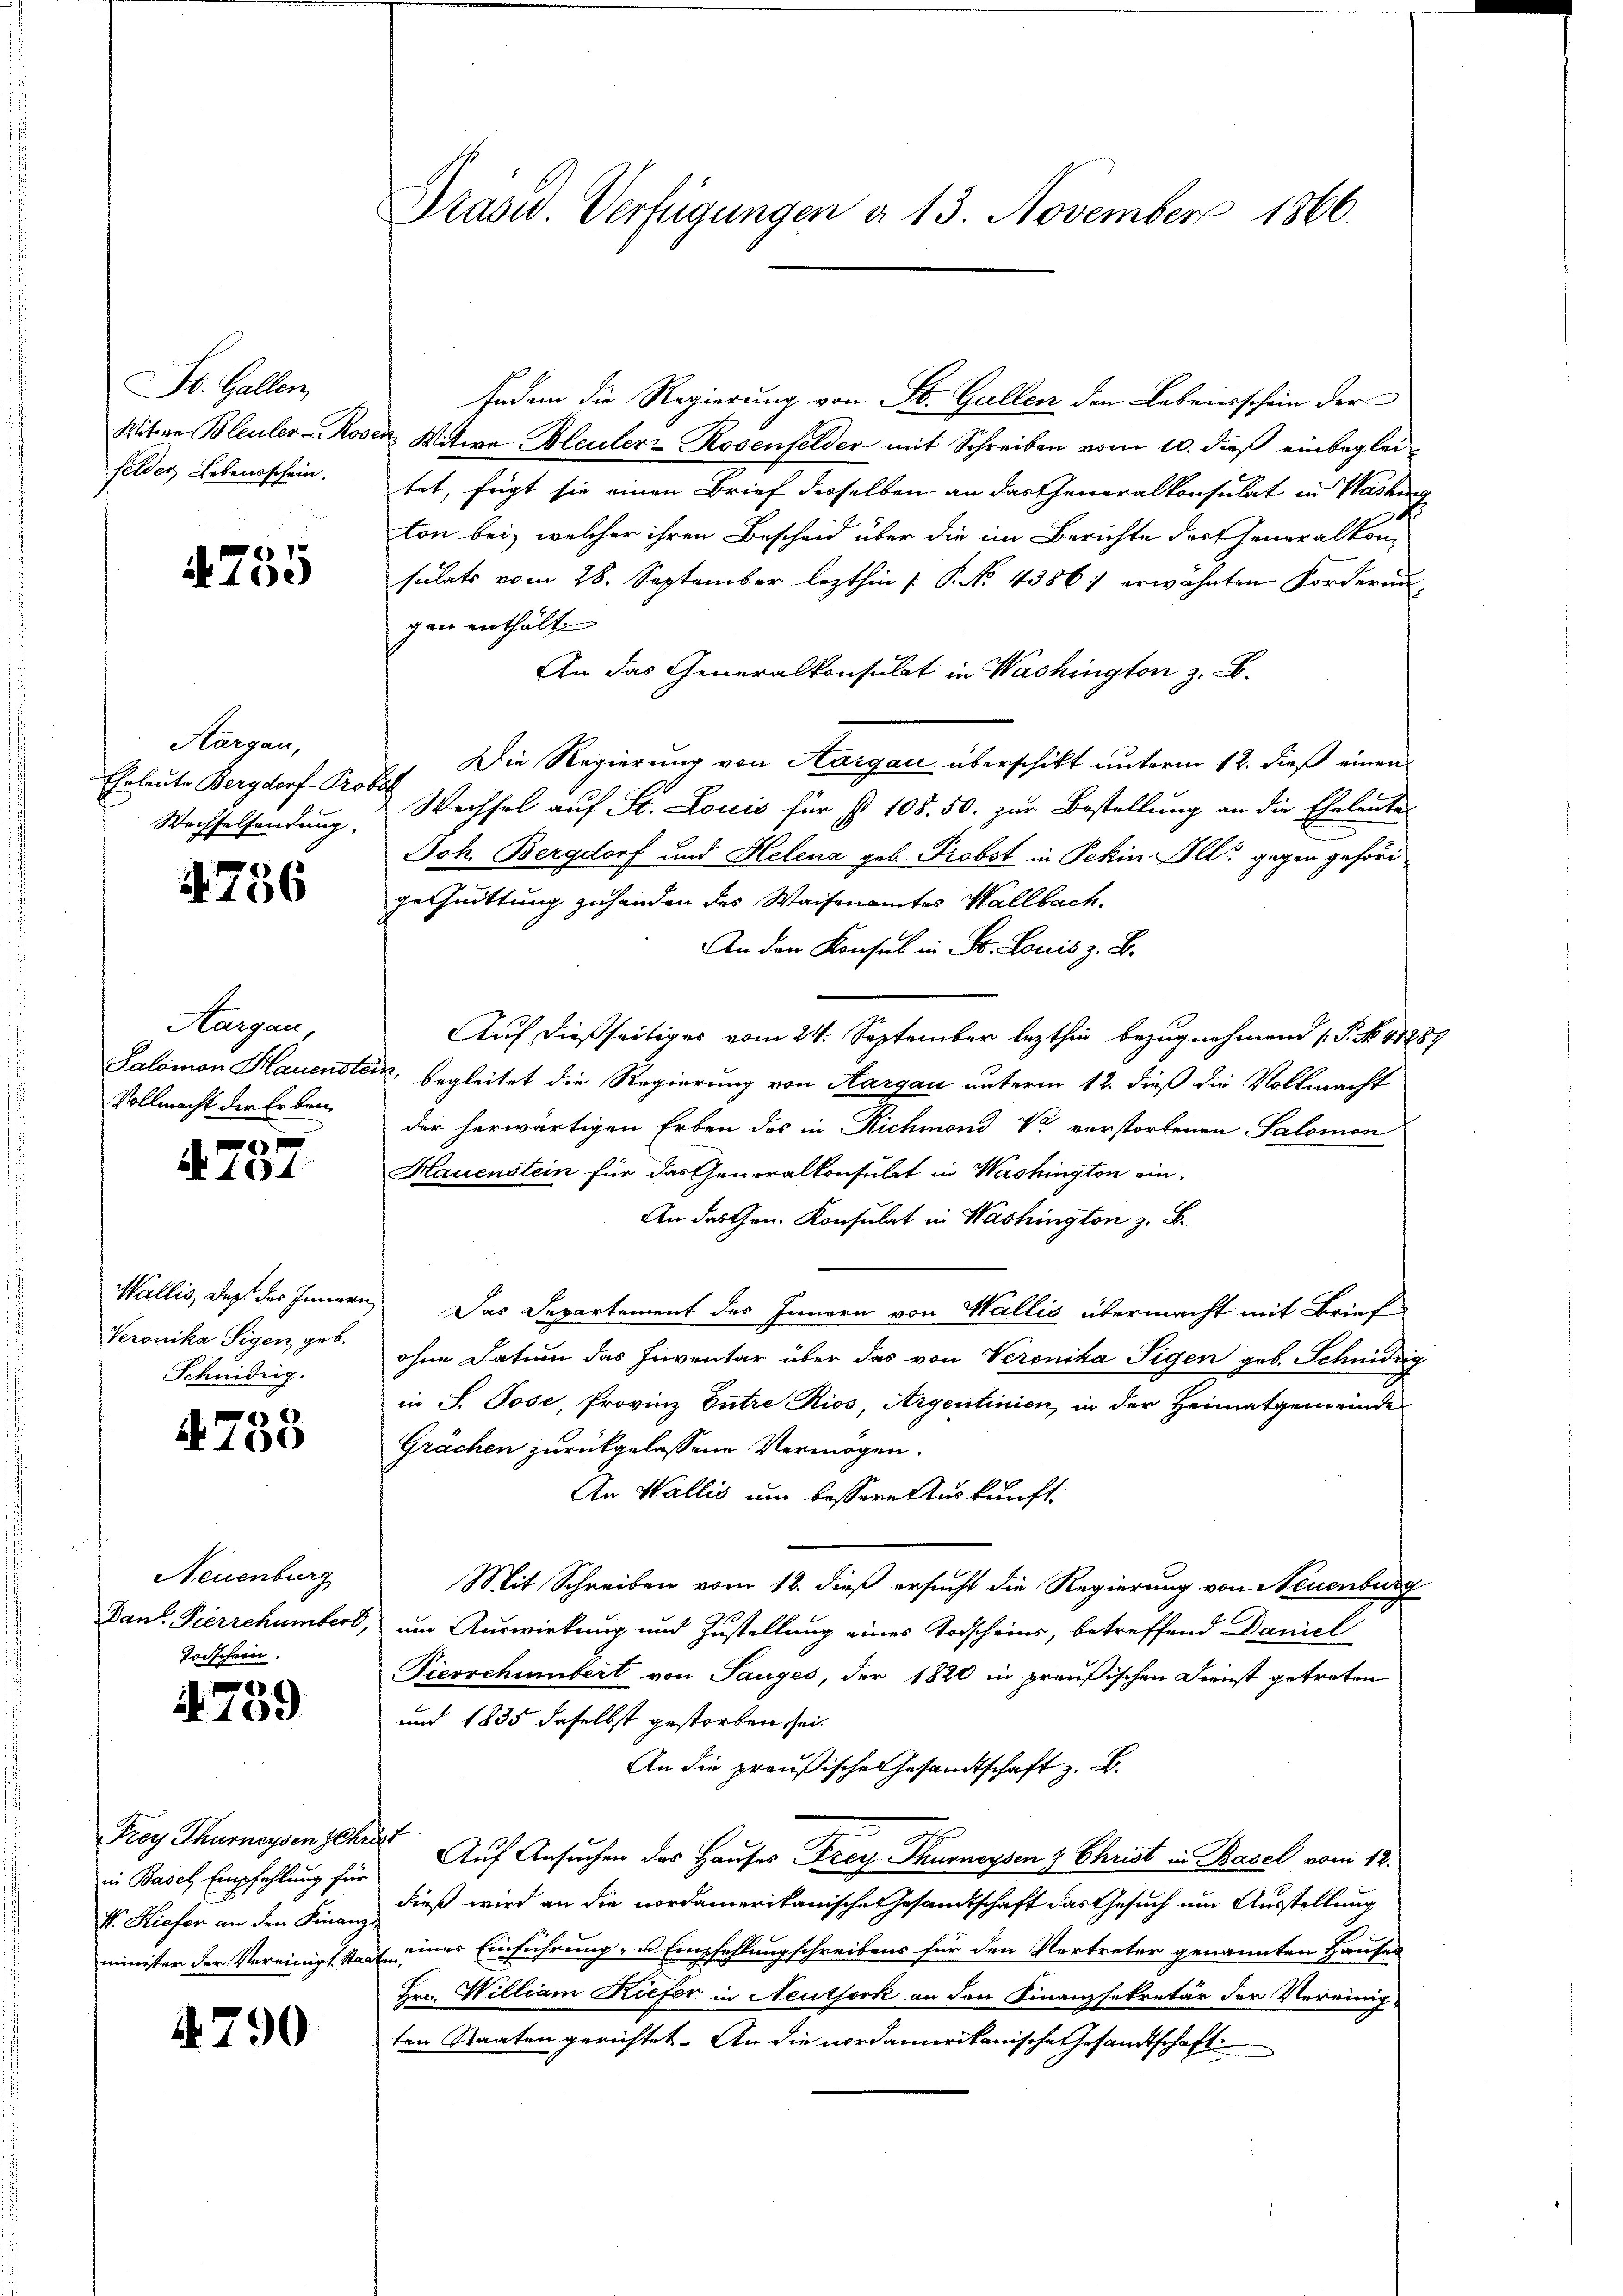
St. Gallen,
Mitere Bleuler-Ro
felder Lebensschein,

4755

Aargau,
Eheleute Bergdorf- Pros
Wechselsendung.

756

Aargau,
Salomon Hauenste
Vollmacht der Erben

a 1004.

Wallis, Dez. des Innern
Veronika Sigen geb.
Schnidrig.

)
N 100

Neuenburg
Dant. Pierrehümbert,
Torschein.

2
A. 169

Frey Thurneysen Chr.
in Basel Empfehlung für
V. Hiefer an den Finanz
minister der Vereinigt Staa

4790

Praser Verfügungen d. 13. November 1866.

Indem die Regierung von St. Gallen den Lebensschein der
 Witwe Bleuler-Rosenfelder mit Schreiben vom 10. dieß einbegleitet, fügt sie einen Brief desselben an das Generalkonsulat in Washing
ton bei, welcher ihren Bescheid über die im Berichte der Generalkonsulats vom 28. September lezthin  P. No. 4386) erwähnten Forderung
gen enthälte
An das Generalkonsulat in Washington z. B.
Die Regierung von Aargau überschikt unterm 12. dieß einen
t
Wechsel auf St. Louis für st 108. 50. zur Bestellung an die Eheleute
Joh. Bergdorf und Helena geb. Probst in Pekin Ill. gegen gehöri
gechnittung zuhanden des Waisenamtes Wallbach.
An den Konsul in Fr. Louis z. B.
Auf dießseitiges vom 24. September lezthin bezug nehmend (T. No. 11889
 begleitet die Regierung von Aargau unterm 12. dieß die Vollmacht
der herwärtigen Erben des in Richmond Vor verstorbenen Salomon
Hauenstein für das Generalkonsulat in Washington ein¬
An das Gen. Konsulat in Washington z. B.
Das Departement des Innern von Wallis übermacht mit Brief
ohne Datum das Inventar über das von Veronika Tigen geb. Schmidrig
in S. Pose, Provinz Entre Rios Argentinien, in der Heimatgemeinde
Grächen zurückgelassene Vermögen.
An Wallis um bessere Auskunft.
Mit Schreiben vom 12. dieß ersucht die Regierung von Neuenburg
um Auswirkung und Zustellung eines Todscheins, betreffend Daniel
Pierschumbert von Sauges, der 1820 in preußischen Dienst getreten
und 1835 daselbst gestorben sei.
An die preußische Gesandtschaft z. B.
 Auf Ansuchen des Hauses Frey Thurneysen & Christ in Basel vom 12.
dieß wird an die vordamerikanische Gesandtschaft das Gesuch um Ausstellung
eines Einführung- u Empfehlung schreibens für den Vertreter genannten Hauses
Hrn. William Kiefer in Neuthork an den Finanzsekretär der Vereinig
ten Staaten gerichtet. An die nordamerikanische Gesandtschaft